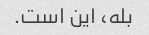
بله، این است.